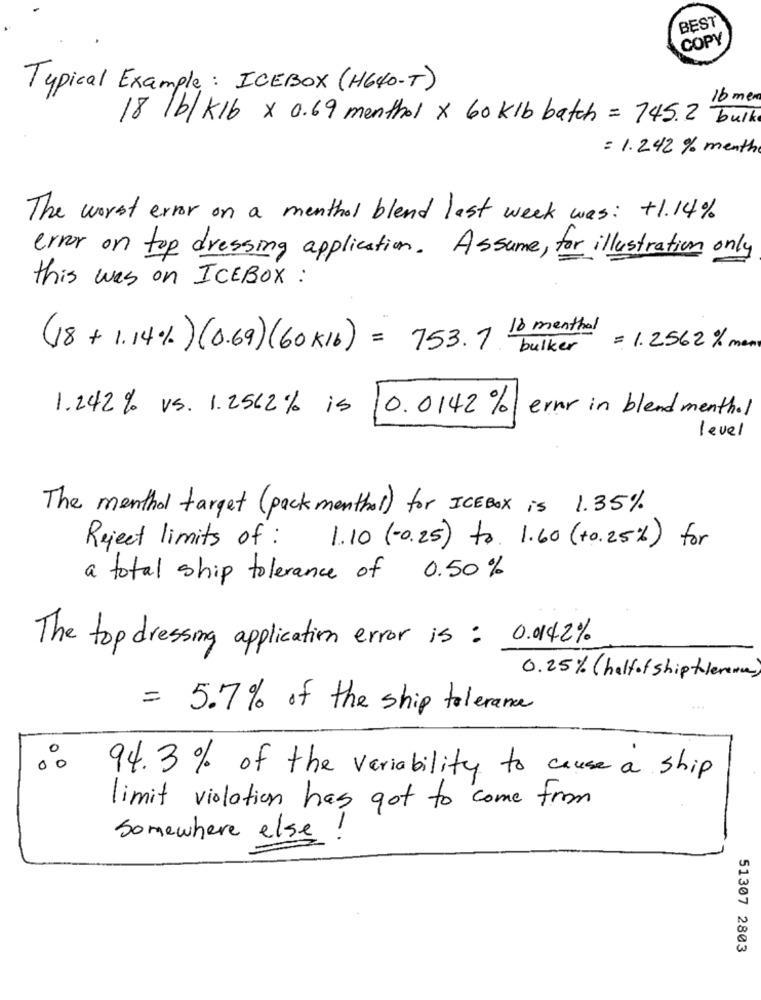
BEST
COPY
Typical Example: ICEBOX (H640-T)
16 men
18 lb/K16 × 0.69 menthol x 60 klb batch = 145.2 bulk
= 1.242 % menth
The worst error on a menthol blend last week was: +1.14%
error on top dressing application. Assume, for illustration only
this was on ICEBOX:
10 menthol
(18 + 1.14%) (0.69) (60KIb) = 753.7. "
bulker = 1.2562 % men
1.242% vs. 1.2562% is | 0.0142% ernr in blendmenthol
level
The menthol target (packmenthol) for ICEBOX is 1.35%
Reject limits of:
1.10 (-0.25) to 1.60 (+0.25%) for
a total ship tolerance of 0.50%
The top dressing application error is : 0.14.2%
0.25% ( halfof ship tolerance)
= 5.7% of the ship tolerance
00
94.3% of the veriability to cause a ship
limit violation has got to come from
Somewhere else
51307 2803